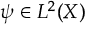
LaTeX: \psi \in L ^ { 2 } ( X )